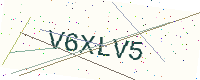
Text: V6XLV5